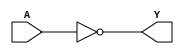

module NOT(A, Y);
input A;
output Y;
assign Y = ~A;
endmodule

module NAND(A, B, Y);
input A, B;
output Y;
assign Y = ~(A & B);
endmodule

module NOR(A, B, Y);
input A, B;
output Y;
assign Y = ~(A | B);
endmodule

module DFF(C, D, Q);
input C, D;
output reg Q;
always @(posedge C)
	Q <= D;
endmodule

module DFFSR(C, D, Q, S, R);
input C, D, S, R;
output reg Q;
always @(posedge C, posedge S, posedge R)
	if (S)
		Q <= 1'b1;
	else if (R)
		Q <= 1'b0;
	else
		Q <= D;
endmodule